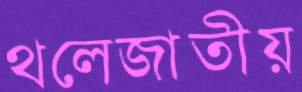
থলেজাতীয়